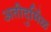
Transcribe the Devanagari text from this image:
अतीदुर्मिळ